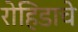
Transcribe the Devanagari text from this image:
रोहिडाचे